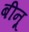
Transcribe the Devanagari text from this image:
बीनू